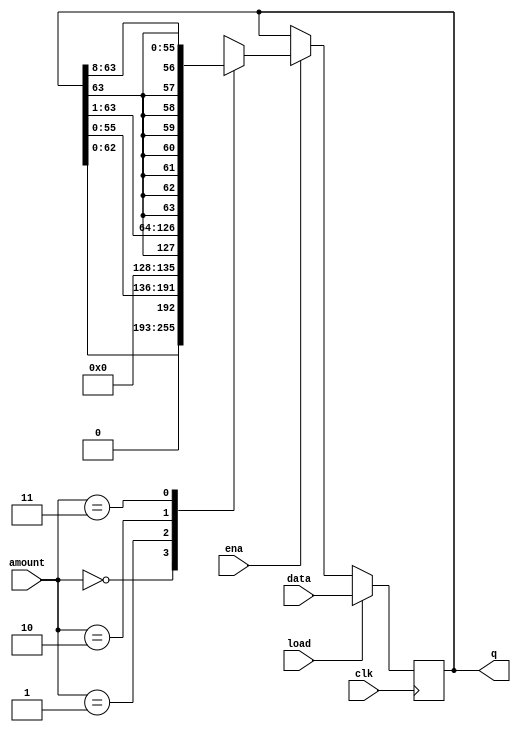
/*======================================================================
Build a 64-bit arithmetic shift register, with synchronous load. 
The shifter can shift both left and right, and by 1 or 8 bit positions, 
selected by amount.

An arithmetic right shift shifts in the sign bit of the number in the 
shift register (q[63] in this case) instead of zero as done by a logical 
right shift. Another way of thinking about an arithmetic right shift is 
that it assumes the number being shifted is signed and preserves the sign, 
so that arithmetic right shift divides a signed number by a power of two.

There is no difference between logical and arithmetic left shifts.

load: Loads shift register with data[63:0] instead of shifting.
ena: Chooses whether to shift.
amount: Chooses which direction and how much to shift.
2'b00: shift left by 1 bit.
2'b01: shift left by 8 bits.
2'b10: shift right by 1 bit.
2'b11: shift right by 8 bits.
q: The contents of the shifter.
=======================================================================*/

module top_module(
    input clk,
    input load,
    input ena,
    input [1:0] amount,
    input [63:0] data,
    output reg [63:0] q); 
    
    always@(posedge clk) begin
        if(load) begin
           q <= data; 
        end
        else if(ena) begin
            case(amount)
                2'b00: q <= {q[62:0],1'b0};
                2'b01: q <= {q[55:0],8'b0};
                2'b10: q <= {q[63],q[63:1]};
                2'b11: q <= {{8{q[63]}},q[63:8]};
            endcase
        end
            
    end

endmodule